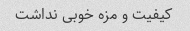
کیفیت و مزه خوبی نداشت